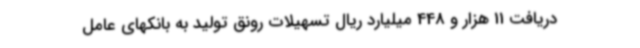
دریافت 11 هزار و 448 میلیارد ریال تسهیلات رونق تولید به بانکهای عامل